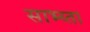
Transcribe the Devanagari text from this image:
साभ्य्ता